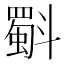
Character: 斣